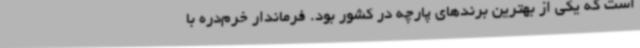
است که یکی از بهترین برندهای پارچه در کشور بود. فرماندار خرم‌دره با